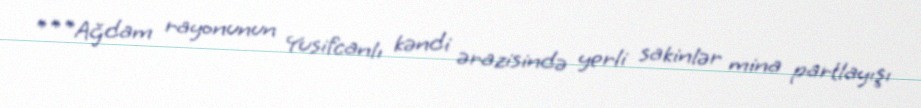
***Ağdam rayonunun Yusifcanlı kəndi ərazisində yerli sakinlər mina partlayışı